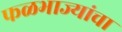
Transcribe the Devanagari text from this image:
फळभाज्यांचा